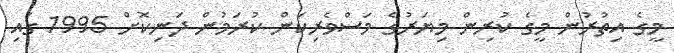
މީގެ އިތުރުން މީގެ ކުރިން މިޔަރުގެ މަސްވެރިކަން ކުރަމުން ދަނިކޮށް 1995 ގައި